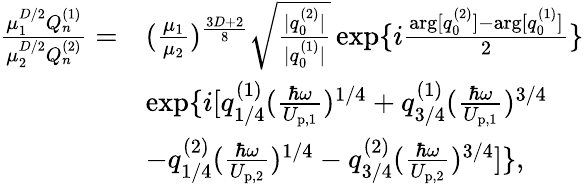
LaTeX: \begin{array}{rl}{\frac{\mu_{1}^{D/2}Q_{n}^{(1)}}{\mu_{2}^{D/2}Q_{n}^{(2)}}=}&{(\frac{\mu_{1}}{\mu_{2}})^{\frac{3D+2}{8}}\sqrt{\frac{|q_{0}^{(2)}|}{|q_{0}^{(1)}|}}\exp\{ i\frac{\arg[q_{0}^{(2)}]-\arg[q_{0}^{(1)}]}{2}\} }\\ &{\exp\{ i[q_{1/4}^{(1)}(\frac{\hbar\omega}{U_{\mathrm{p},1}})^{1/4}+q_{3/4}^{(1)}(\frac{\hbar\omega}{U_{\mathrm{p},1}})^{3/4}}\\ &{-q_{1/4}^{(2)}(\frac{\hbar\omega}{U_{\mathrm{p},2}})^{1/4}-q_{3/4}^{(2)}(\frac{\hbar\omega}{U_{\mathrm{p},2}})^{3/4}]\} ,}\end{array}